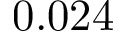
0 . 0 2 4